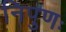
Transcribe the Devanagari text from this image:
निपुणः